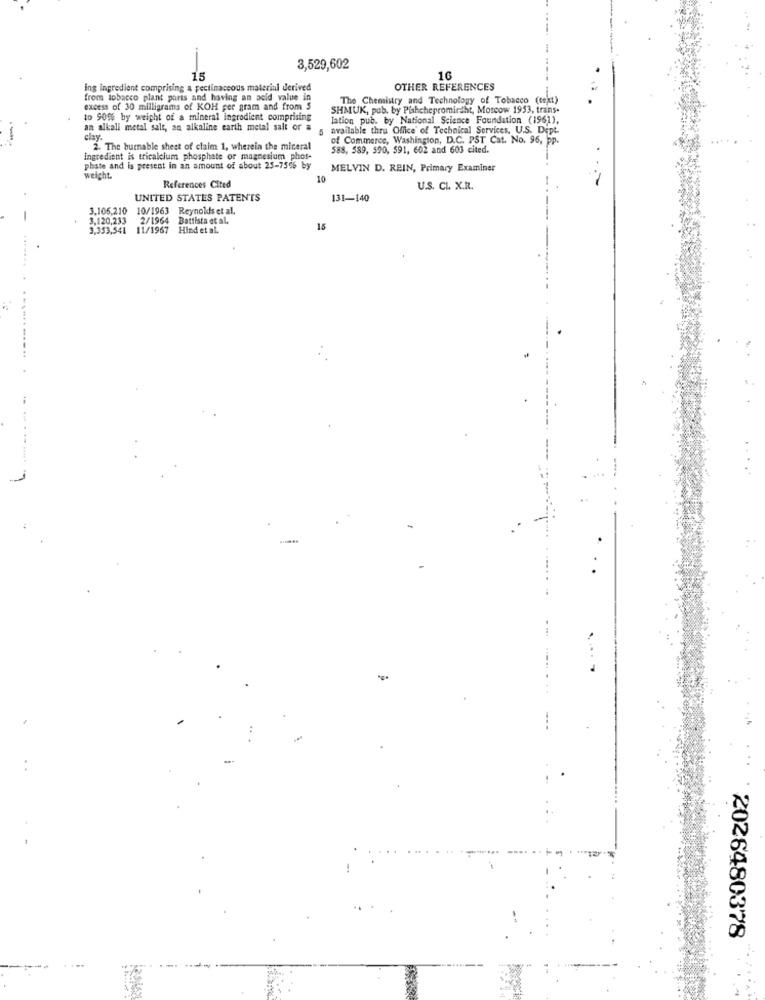
3,529,602
15
16
ing ingredient comprising a pectinaccous material derived
OTHER REFERENCES
from tobacco plant parts and having an acid value in
The Chemistry and Technology of Tobacco (cet)
excess of 30 milligrams of KOH per gram and from $
SHMUK, pub. by Pishchepromirdht, Moscow 1953, trans-
to 90%% by weight of a mineral ingredient comprising
Iation pub. by National Science Foundation (1961),
an alkali metal salt, an alkaline earth metal salt or a
5 available thru Office of Technical Services, U.S. Dipt
of Commerce, Washington, D.C. PST Cat. No. 96, pp.
2. The burnable sheet of claim 1, wherein the mineral
588, 589, 590, 591, 602 and 603 cited.
ingredient is tricalcium phosphate or magnesium phos-
phate and is present in an amount of about 25-75% by
MELVIN D. REIN, Primary Examiner
weight.
10
References Cited
U.S. CL. X.R.
UNITED STATES PATEN'TS
131-140
3.106,210
10/1963 Reynolds et al.
-
3,120,233 2/1964 Battista et al.
3,353,541 11/1967 Hind et al.
15
. ........-.. .
2026480378